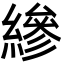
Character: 縿